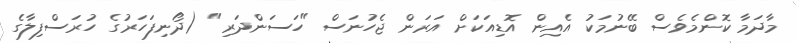
މާދަމާ ކޮންމެވެސް ބޭނުމަކު އެއިން އޮޑިއަކަށް އަރަން ޖެހުނަސް "ހަސަންދަރި" (ދޯނިފަހަރުގެ ހުރަސްފިލާގެ